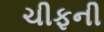
ચીફની